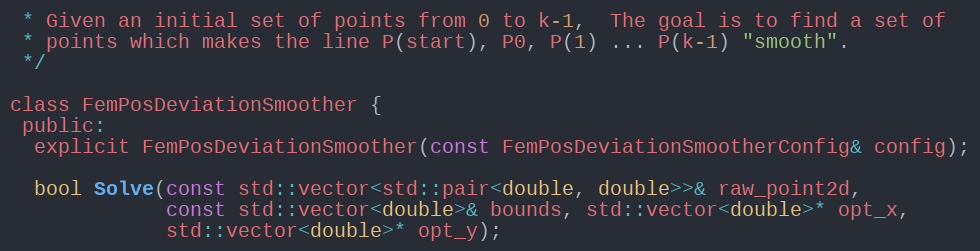
Language: C
 * Given an initial set of points from 0 to k-1,  The goal is to find a set of
 * points which makes the line P(start), P0, P(1) ... P(k-1) "smooth".
 */

class FemPosDeviationSmoother {
 public:
  explicit FemPosDeviationSmoother(const FemPosDeviationSmootherConfig& config);

  bool Solve(const std::vector<std::pair<double, double>>& raw_point2d,
             const std::vector<double>& bounds, std::vector<double>* opt_x,
             std::vector<double>* opt_y);